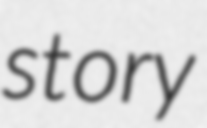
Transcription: story